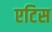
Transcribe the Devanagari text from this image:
एटिस